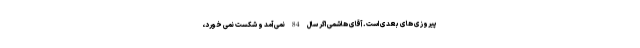
پیروزی های بعدی است. آقای هاشمی اگر سال 84 نمی آمد و شکست نمی خورد،